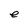
Character: e